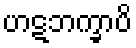
ဟဋဘက္ခာပိ